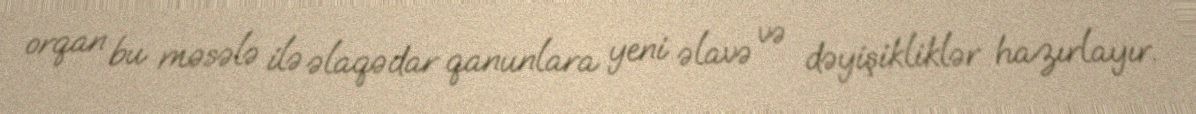
orqan bu məsələ ilə əlaqədar qanunlara yeni əlavə və dəyişikliklər hazırlayır.